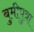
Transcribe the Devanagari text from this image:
बुमीपुत्रा